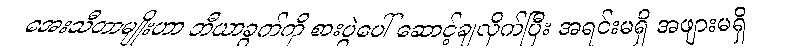
အေးသီတာမျိုးဟာ ဘီယာခွက်ကို စားပွဲပေါ် ဆောင့်ချလိုက်ပြီး အရင်းမရှိ အဖျားမရှိ